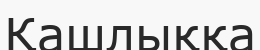
Қашлыққа